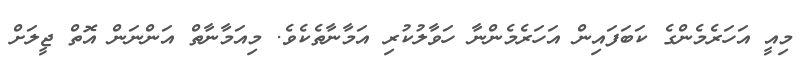
މިއީ އަހަރެމެންގެ ކަބަފައިން އަހަރެމެންނާ ހަވާލުކުރި އަމާނާތެކެވެ. މިއަމާނާތް އަންނަން އޮތް ޖީލަށް